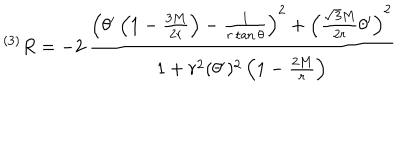
LaTeX: ^ { ( 3 ) } R = - 2 \, \frac { \left( \theta ^ { \prime } \left( 1 - \frac { 3 M } { 2 r } \right) - \frac { 1 } { r \tan \theta } \right) ^ { 2 } + \left( \frac { \sqrt { 3 } M } { 2 r } \theta ^ { \prime } \right) ^ { 2 } } { 1 + r ^ { 2 } ( \theta ^ { \prime } ) ^ { 2 } \left( 1 - \frac { 2 M } { r } \right) }